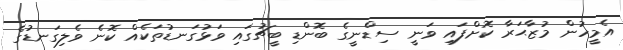
އެމީހުން މުޒާޙަރާ ކޮށްފައި ވަނީ ސިޑްނީގެ ބޮންޑި ބީޗުގައި ވަޅުގަނޑުތަކެއް ކޮނެ ވެލިގަނޑުގެ